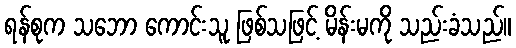
ရန်စုက သဘော ကောင်းသူ ဖြစ်သဖြင့် မိန်းမကို သည်းခံသည်။